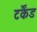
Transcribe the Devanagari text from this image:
टर्कैंड